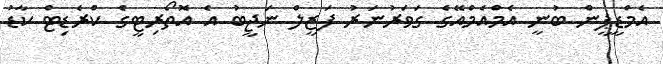
އެމްޑީޕީން ބުނީ އެމްއެމްއޭގެ ގަވަރުނަރު ފަޒީލް ނަޖީބު އެ އޮތޯރިޓީގެ ކްރެޑިޓް ކާޑު